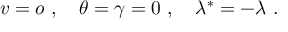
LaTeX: v = o \ , \quad \theta = \gamma = 0 \ , \quad \lambda ^ { * } = - \lambda \ .